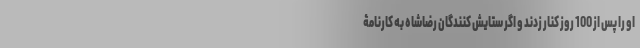
او را پس از 100 روز کنار زدند و اگر ستایش کنندگان رضاشاه به کارنامۀ